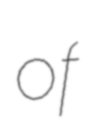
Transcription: of